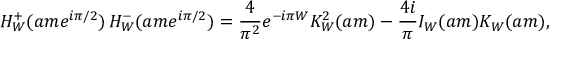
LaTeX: H _ { W } ^ { + } ( a m e ^ { i \pi / 2 } ) \, H _ { W } ^ { - } ( a m e ^ { i \pi / 2 } ) = \frac { 4 } { \pi ^ { 2 } } e ^ { - i \pi W } K _ { W } ^ { 2 } ( a m ) - \frac { 4 i } { \pi } I _ { W } ( a m ) K _ { W } ( a m ) ,